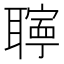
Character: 𦗰